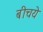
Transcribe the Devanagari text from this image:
बीचये